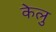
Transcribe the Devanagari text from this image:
केलु